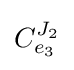
C_{e_{3}}^{J_{2}}